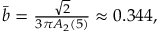
\begin{array} { r } { \bar { b } = \frac { \sqrt { 2 } } { 3 \pi A _ { 2 } ( 5 ) } \approx 0 . 3 4 4 , } \end{array}